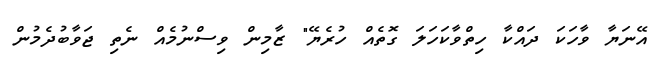
އޭނަޔާ ވާހަކަ ދައްކާ ހިތްވާކަހަލަ ގޮތެއް ހުރެޔޭ" ޒާމިން ވިސްނުމެއް ނެތި ޖަވާބުދެމުން